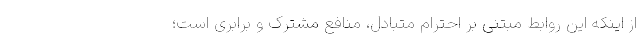
از اینکه این روابط مبتنی بر احترام متبادل، منافع مشترک و برابری است؛